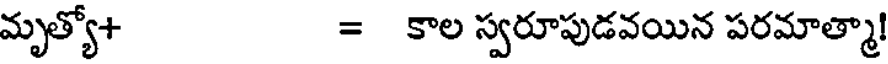
మృత్యో+ = కాల స్వరూపుడవయిన పరమాత్మా!